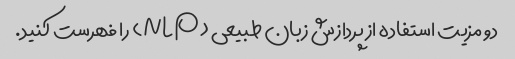
دو مزیت استفاده از پردازش زبان طبیعی (NLP) را فهرست کنید.